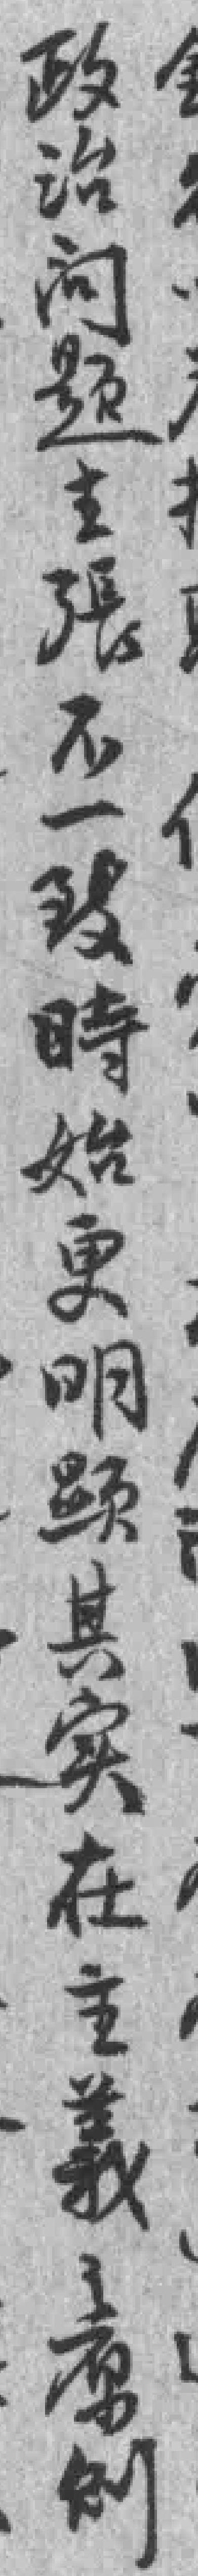
政治问题主張不一致時始更明*其实在主義之原则